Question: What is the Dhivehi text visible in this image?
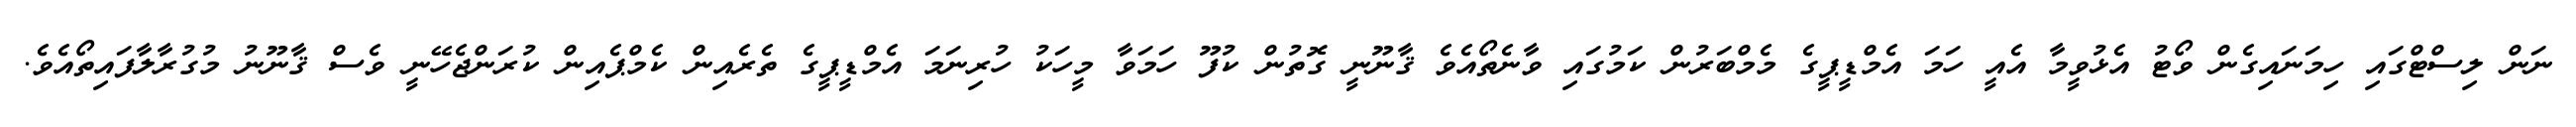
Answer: ނަން ލިސްޓްގައި ހިމަނައިގެން ވޯޓު އެޅުވީމާ އެއީ ހަމަ އެމްޑީޕީގެ މެމްބަރުން ކަމުގައި ވާނެތޯއެވެ ޤާނޫނީ ގޮތުން ކުފޫ ހަމަވާ މީހަކު ހުރިނަމަ އެމްޑީޕީގެ ތެރެއިން ކެމްޕެއިން ކުރަންޖެހޭނީ ވެސް ޤާނޫނު މުގުރާލާފައިތޯއެވެ.